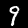
Digit: 9